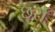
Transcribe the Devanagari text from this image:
छर्रो